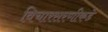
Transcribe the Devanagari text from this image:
विचारसरणीकडे